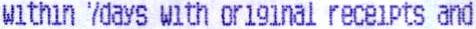
WITHIN 7DAYS WITH ORIGINAL RECEIPTS AND